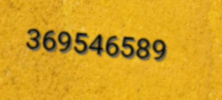
369546589